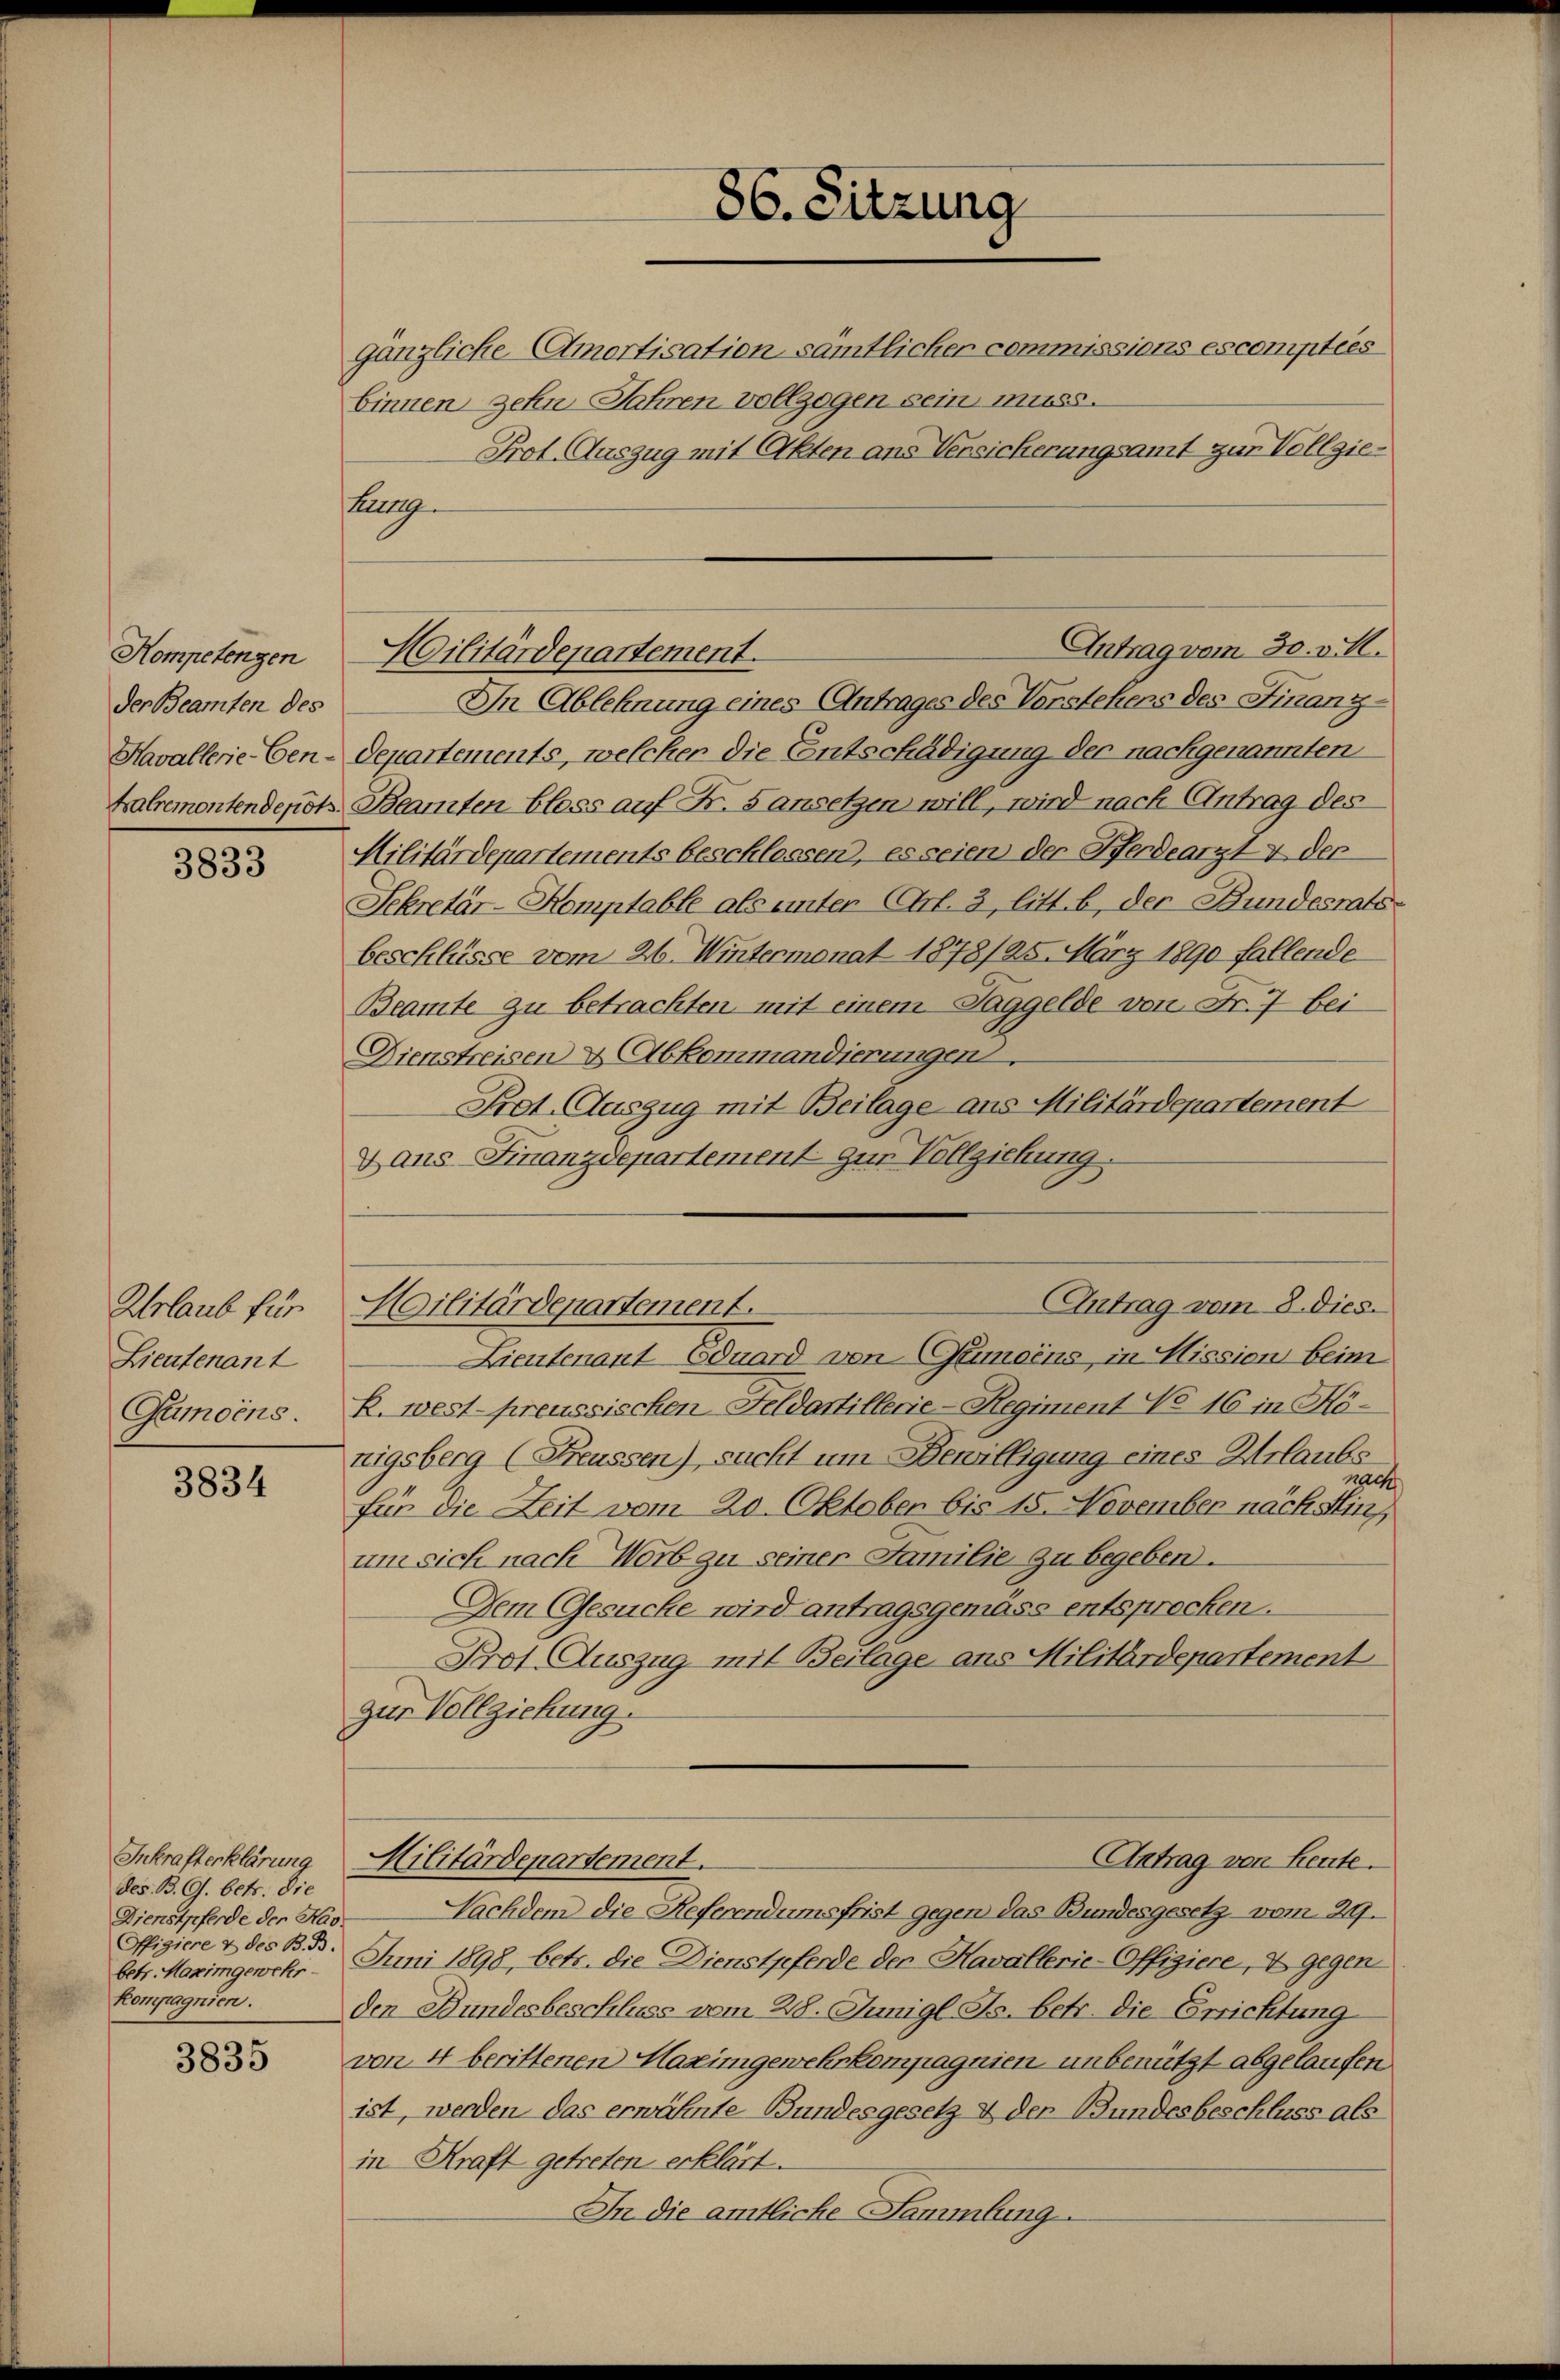
Kompetenzen
der Beamten des
Kavallerie-Gen-

3833

Urlaub für
Lieutenant
Gumoins.

3834

Inkrafterklärung
des. B. G. betr. die
Dienstpferde der Kas¬
Offigiere & des B. B.
betr. Maximgewehr-
kompagnien.

3835

gänzliche Amortisation sämtlicher commissions escomptees
binnen zehn Jahren vollzogen sein muss.
Prot. Auszug mit Akten ans Versicherungsamt zur Vollzietuttg
Militärdepartement.
In Ablehnung eines Antrages des Vorstehens des Finanz-
Departements, welcher die Entschädigung der nachgenannten
kalremontendepots Beamten bloss auf Fr. 5 ansetzen will, wird nach Antrag des
Militärdepartements beschlossen, es seien der Herdearzt v der
Sekretär-Komptable als unter (Art. 3, litt. b, der Bundesrats-
beschlüsse vom 26. Wintermonat 1878/25. März 1890 fallende
Beamte zu betrachten mit einem Taggelde von Fr. 7 bei
Dienstreisen & Abkommandierungen.
Prot. Auszug mit Beilage aus Militärdepartement
x ans Finanzdepartement zur Vollziehung.
AAntrag vom 8. dies
Militärdepartement.
Lieutenant Eduard von Gemeins, in Mission beim
R. west-preussischen Feldartillerie-Regiment No 16 in Hötigsberg (Freussen), sacht um Bewilligung eines Urlaubsnach
für die Zeit vom 20. Oktober bis 15. November nach Hins
um sich nach Worb zu seiner Familie zu begeben.
Dem Gesuche wird antragsgemäss entsprocken.
Prof. Auszug mit Beilage ans Militärdepartement
zur Vollziehung.
Antrag von Leute.
Militärdepartement.
Nachdem die Referendumsfrist gegen das Bundesgesetz vom 29.
Juni 1898, betr. die Dienstpferde der Kavallerie-Offigiere, 2 gegen
den Bundesbeschluss vom 218. Junigl. Js. betr. die Errichtung
von 4 berittenen Maximgewehrkompagnien unbenützt abgelaufen.
ist, werden das erwähnte Bundesgesetz & den Bundesbeschluss als
in Kraft getreten erklärt.
In die amtliche Sammlung.

86. Sitzung

Antrag vom 30. v. M.